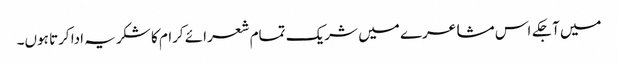
میں آجکے اس مشاعرے میں شریک تمام شعرائے کرام کا شکریہ ادا کرتا ہوں۔